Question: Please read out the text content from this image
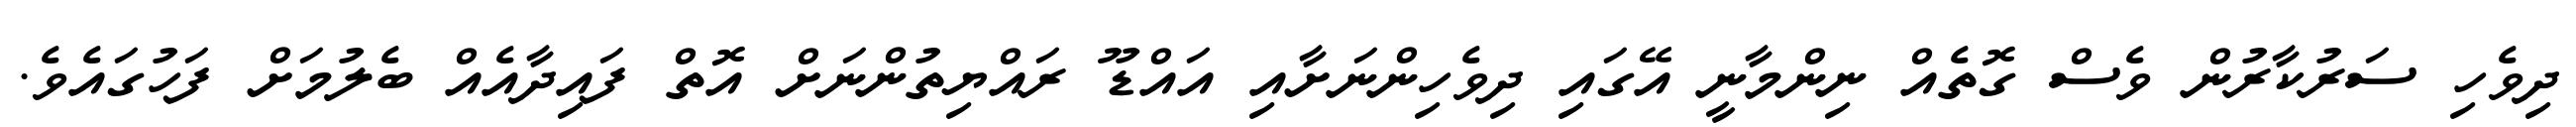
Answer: ދިވެހި ސަރުކާރުން ވެސް ގޮތެއް ނިންމާނީ އޭގައި ދިވެހިންނަށާއި އައްޑޫ ރައްޔިތުންނަށް އޮތް ފައިދާއެއް ބެލުމަށް ފަހުގައެވެ.